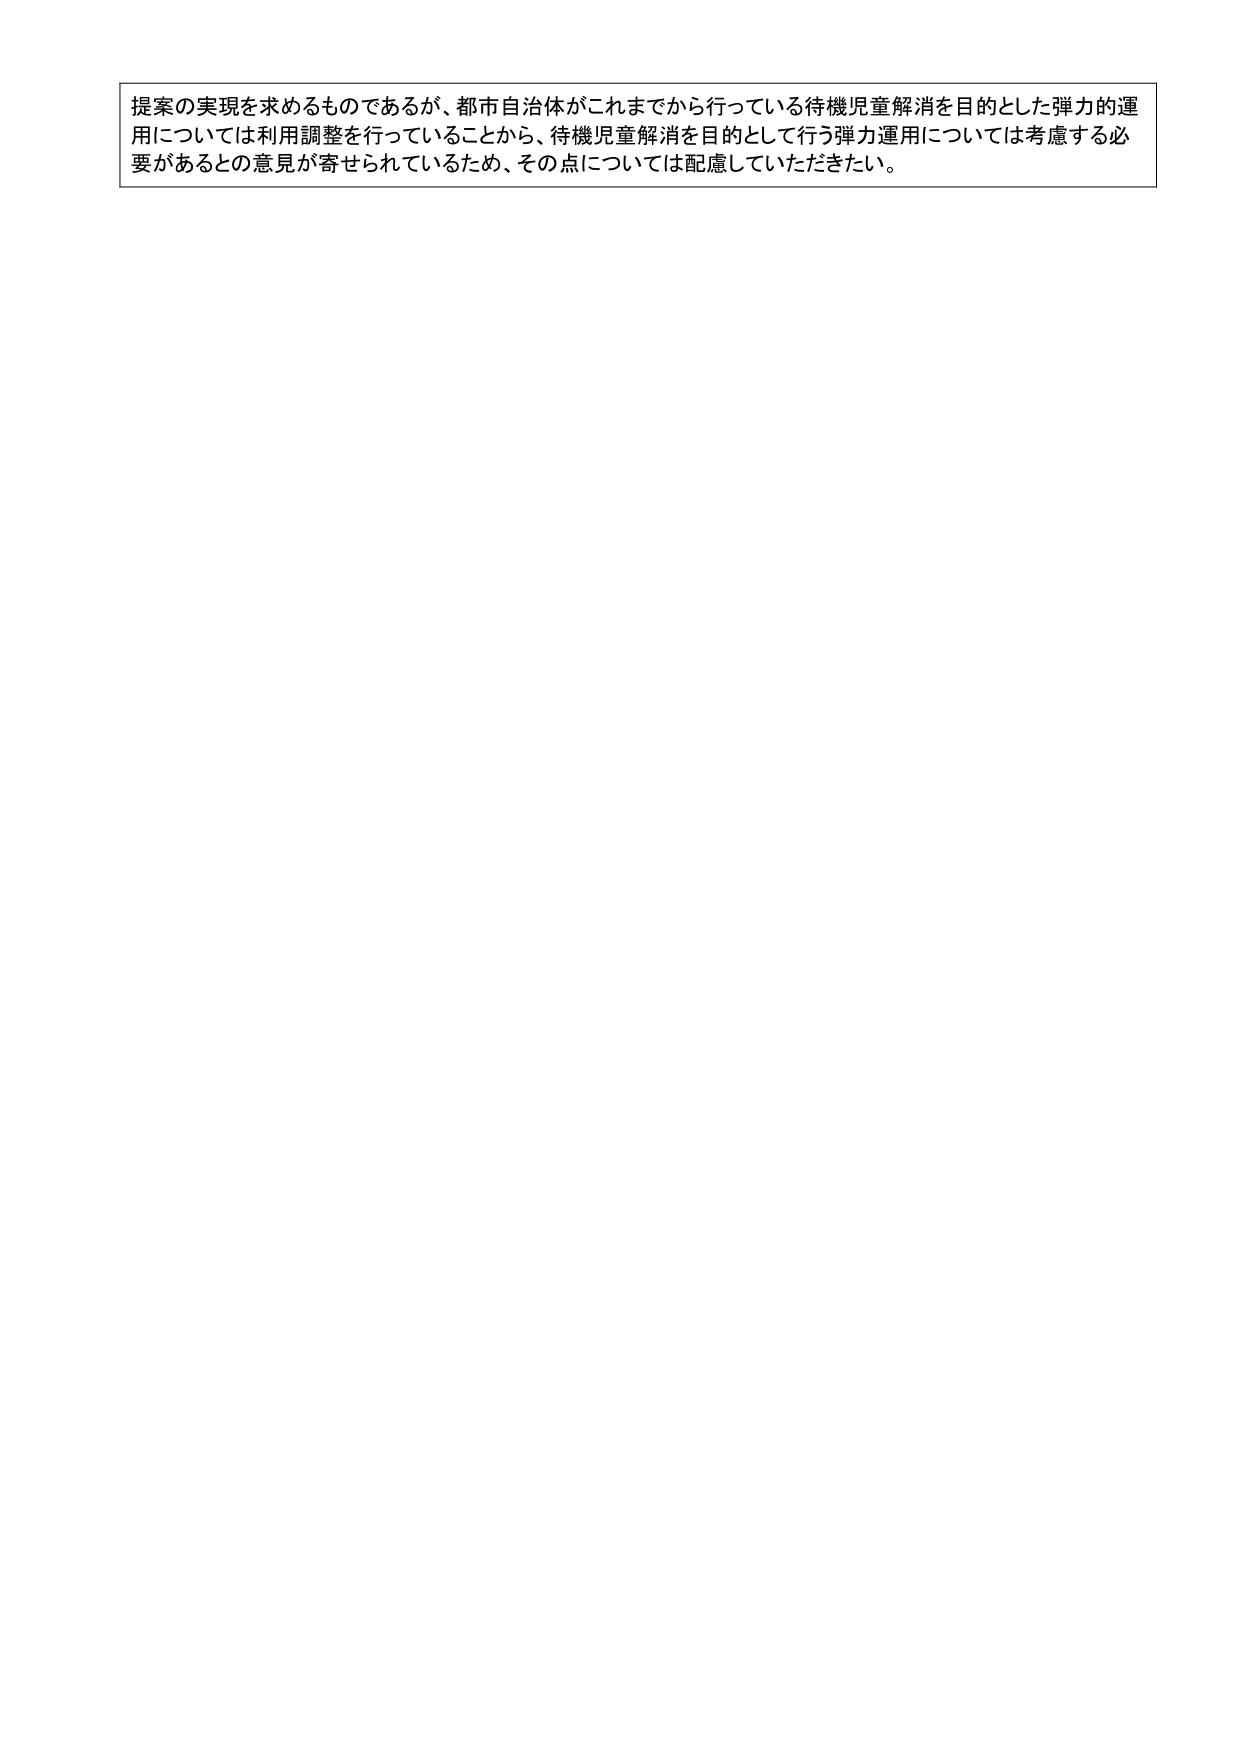
提案の実現を求めるものであるが、都市自治体がこれまでから行っている待機児童解消を目的とした弾力的運用については利用調整を行っていることから、待機児童解消を目的として行う弾力運用については考慮する必要があるとの意見が寄せられているため、その点については配慮していただきたい。